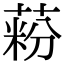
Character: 𦶚